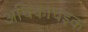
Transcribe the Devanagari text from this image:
अधिकाधइक